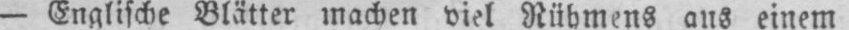
- Englische Blätter machen viel Rübmens aus einem